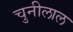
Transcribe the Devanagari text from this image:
चुनीलाल